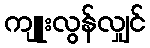
ကျူးလွန်လျှင်